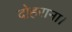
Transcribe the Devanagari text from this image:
दोहराना।